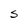
Character: S